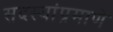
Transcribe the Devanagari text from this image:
सदस्यांप्रमाणे